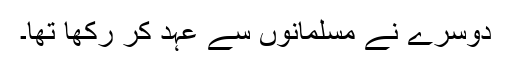
دوسرے نے مسلمانوں سے عہد کر رکھا تھا۔